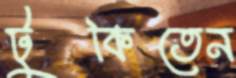
টুকিতেন